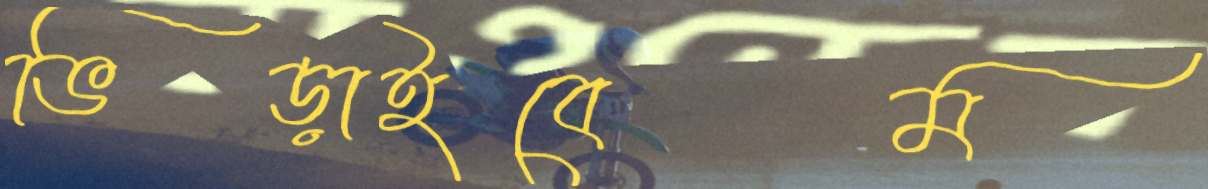
ভিড়াইবেম